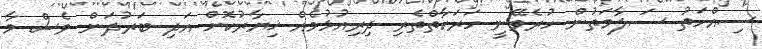
ސިއްހަތު ސަލާމަތުން ހުރެވޭނީ ހަރަކާތްތެރި ދިރިއުޅުމެއް ޚިޔާރުކޮށް އަދި ބަރުދަން ވެސް މާ